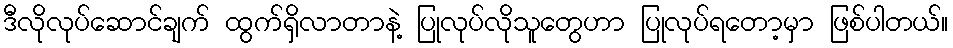
ဒီလိုလုပ်ဆောင်ချက် ထွက်ရှိလာတာနဲ့ ပြုလုပ်လိုသူတွေဟာ ပြုလုပ်ရတော့မှာ ဖြစ်ပါတယ်။